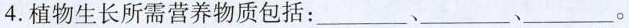
4.植物生长所需营养物质包括：___、___、___。